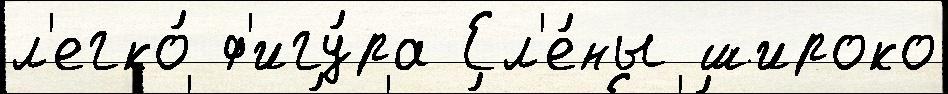
л'егко́ ф'игу́ра Ел'е́ны широко